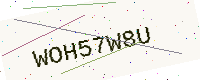
Text: WOH57W8U